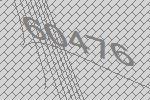
60476